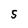
Character: 5